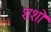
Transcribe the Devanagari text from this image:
शशो